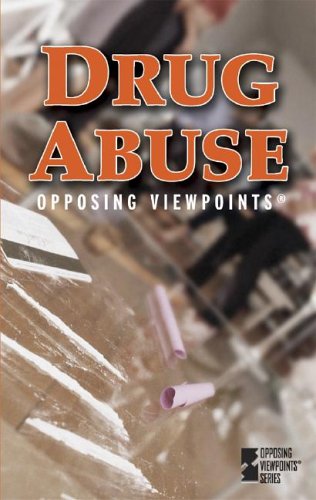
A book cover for Drug Abuse (Opposing Viewpoints); Tamara L. Roleff; Teen & Young Adult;